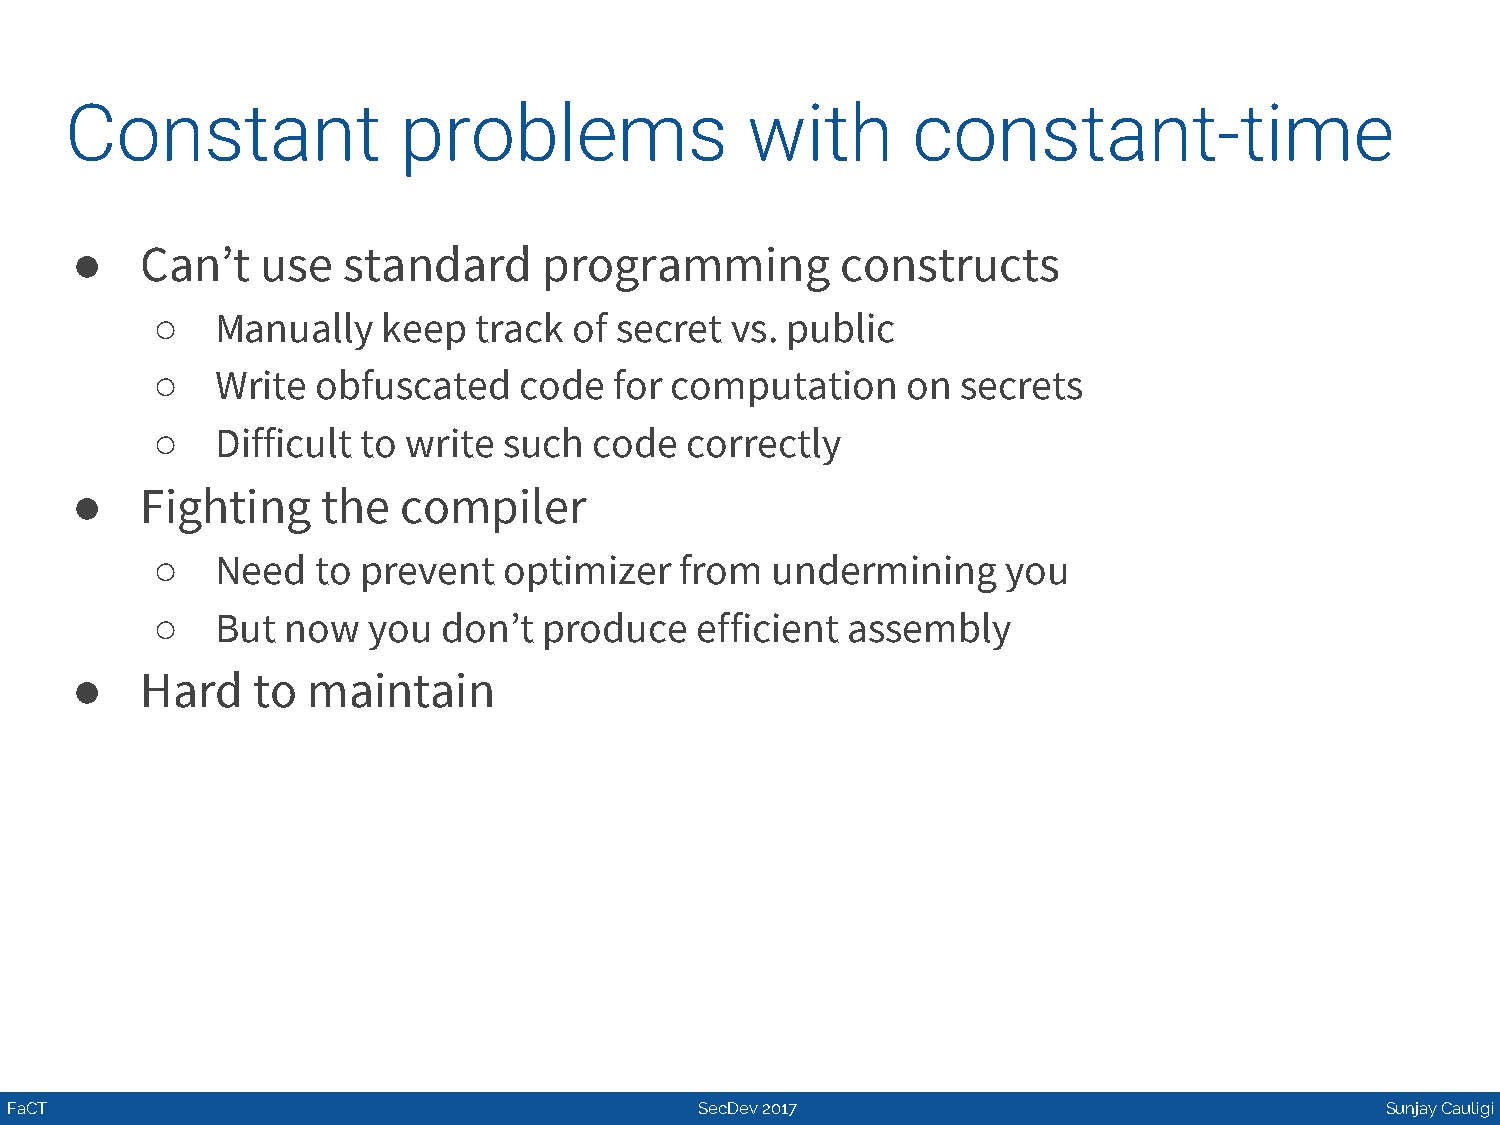
Constant               problems              with       constant-time
 ●   Can’t   use   standard     programming         constructs
 ○   Manually   keep  track  of secret vs. public
 ○   Write  obfuscated   code   for computation    on  secrets
 ○   Difficult to write such  code  correctly
 ●   Fighting    the  compiler
 ○   Need   to prevent  optimizer   from  undermining     you
 ○   But  now  you  don’t  produce   efficient assembly
 ●   Hard    to maintain
 FaCT                                          SecDev 2017                                   Sunjay Cauligi